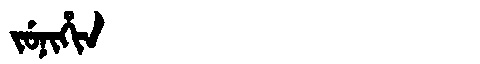
Manchu: ᠵᡠᠨᡳᡥᡳᠨ
Romanization: JUNIHIN